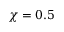
\chi = 0 . 5